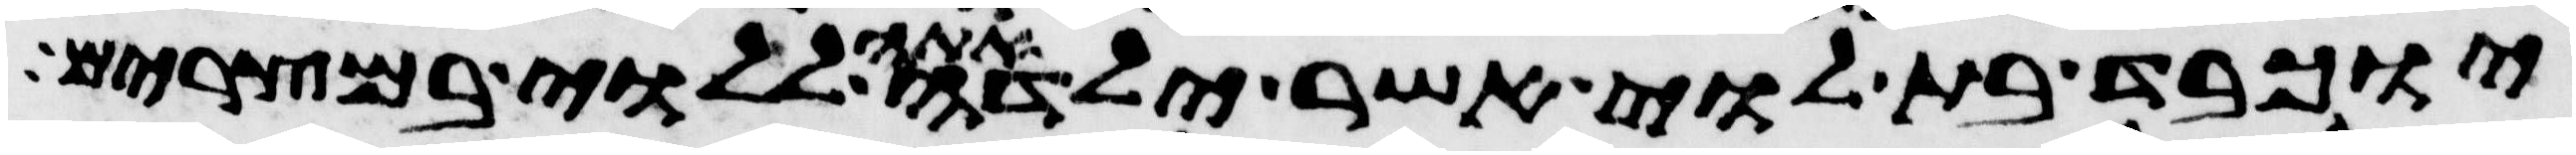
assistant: יוכבד בת לוי אשר ילדה אתה ללוי במצרים